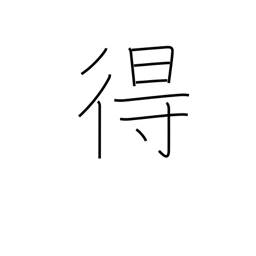
Meaning: can